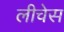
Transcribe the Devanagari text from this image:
लीचेस